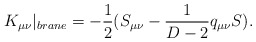
\begin{align*}K_{\mu\nu}|_{brane}=-\frac{1}{2}(S_{\mu\nu}-\frac{1}{D-2}q_{\mu\nu}S).\end{align*}